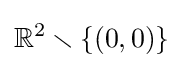
\mathbb {R} ^{2}\smallsetminus \{(0,0)\}